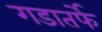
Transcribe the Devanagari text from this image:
गडातर्फे